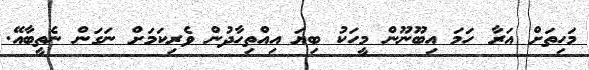
މަހިތަށް އަރާ ހަމަ އިބޫނޫން މީހަކު ބިޔަ އިއްތިހާދުން ވެރިކަމަށް ނަގަން ނެތީބާއޭ.